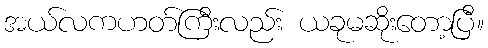
အယ်လကဟတ်ကြီးလည်း ယခုမဆိုးတော့ပြီ။